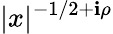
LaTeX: |x|^{-1/2+\mathbf{i}\rho}